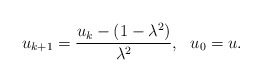
\begin{align*} \begin{aligned} u_{k+1}=\frac{u_k-(1-\lambda^2)}{\lambda^2}, ~~u_0=u. \end{aligned} \end{align*}